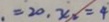
= 2 0 , x _ { 2 } = 4